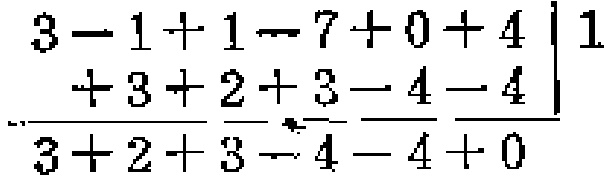
\(\frac{3 - 1 + 1 - 7 + 0 + 4}{3 + 2 + 3 - 4 - 4 + 0}\)